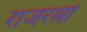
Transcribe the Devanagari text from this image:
राजरत्नों